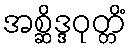
အစ္ဆိဒ္ဒဝုတ္တိံ